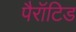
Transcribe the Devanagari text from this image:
पैरॉटिड